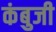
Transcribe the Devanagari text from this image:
कंबुजी